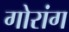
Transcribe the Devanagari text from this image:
गोरांग